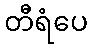
တီရံပေ